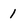
Character: 1